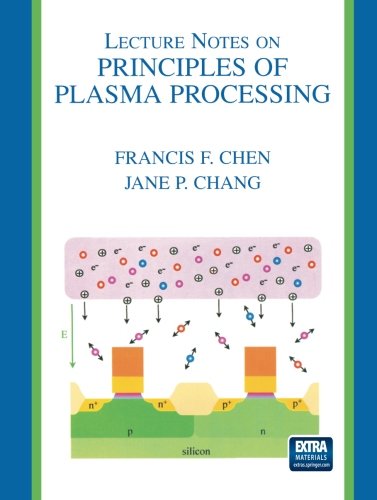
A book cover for Lecture Notes on Principles of Plasma Processing; Francis F. Chen; Science & Math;